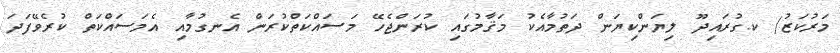
މަރުކަޒު/ ކ.ގުރައިދޫ ލިޔަންކިޔަން ދަތުމާއެކު މަޤާމުގައި ކުރަންޖެހޭ މަސައްކަތްކުރަން އެނގުމާއި އެމަސައްކަތް ކުރެވޭފަދަ